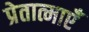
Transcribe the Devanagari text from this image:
प्रेतात्माएँ